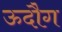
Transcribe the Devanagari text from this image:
ऊदौग